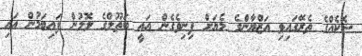
ޝޮކެއްގެ ތެރޭގައިވި އަޒްޔާންގެ މެޔަށް ފިނިވެގެން އައީ ބަތޫލްގެ ލޮލުން ފައިބަމުން އައި